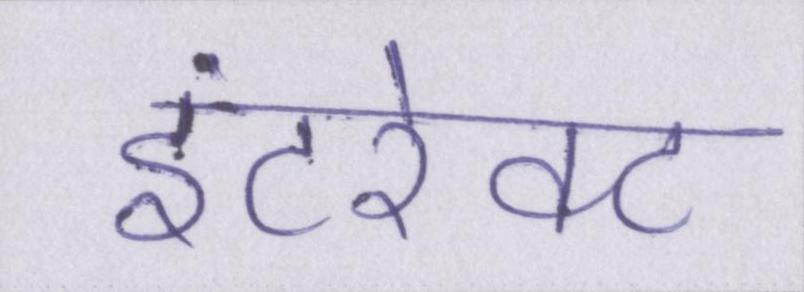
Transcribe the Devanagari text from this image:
इंटरेक्ट